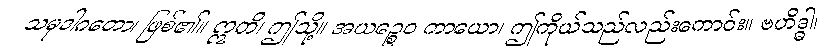
သမုဒါဂတော၊ ဖြစ်၏။ ဣတိ၊ ဤသို့။ အယဉ္စေဝ ကာယော၊ ဤကိုယ်သည်လည်းကောင်း။ ဗဟိဒ္ဓါ၊